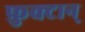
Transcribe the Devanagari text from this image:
फ्रुक्टान्